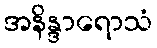
အနိန္ဒာရောသံ